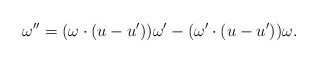
\begin{align*} \omega''=(\omega\cdot (u-u'))\omega'-(\omega'\cdot (u-u'))\omega.\end{align*}